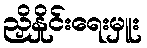
ညှိနှိုင်းရေးမှူး